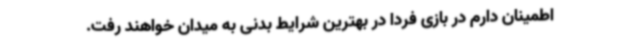
اطمینان دارم در بازی فردا در بهترین شرایط بدنی به میدان خواهند رفت.